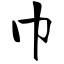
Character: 巾